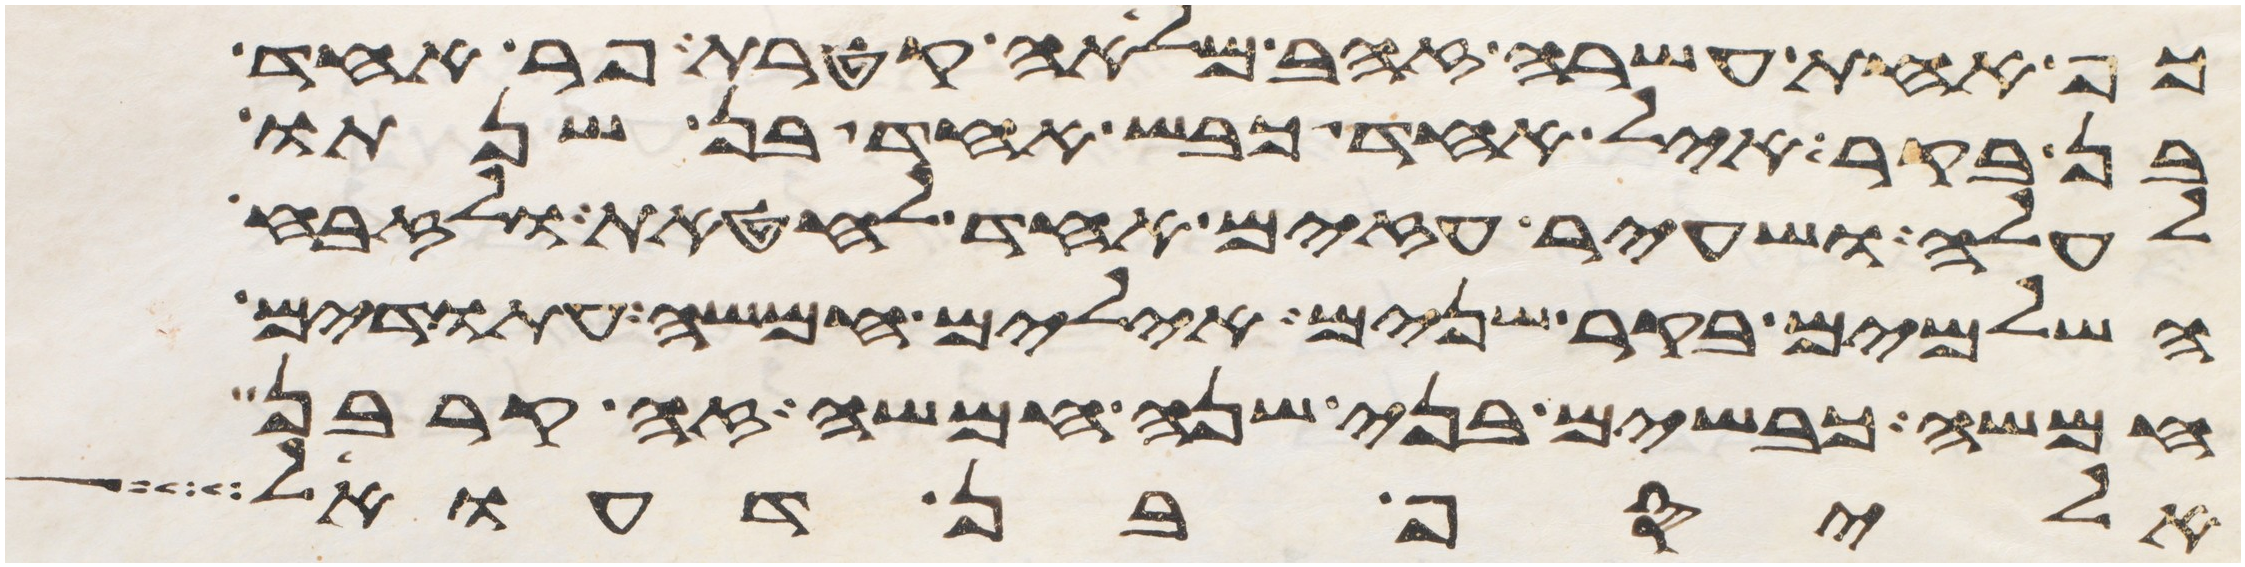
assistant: כף אחת עשרה זהב מלאה קטרת פר אחד
בן בקר איל אחד כבש אחד בן שנתו
לעלה ושעיר עזים אחד לחטאת ולזבח
השלמים בקר שנים אילים חמשה עתודים
חמשה כבשים בני שנה חמשה זה קרבן
אליסף בן דעואל